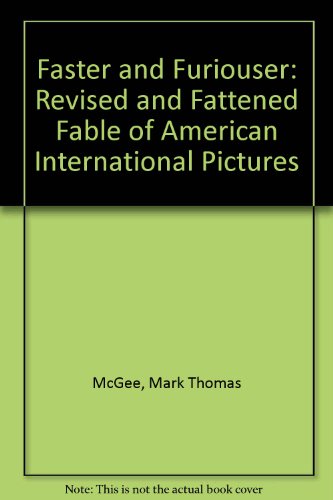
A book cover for Faster and Furiouser: The Revised and Fattened Fable of American International Pictures; Mark Thomas McGee; Arts & Photography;